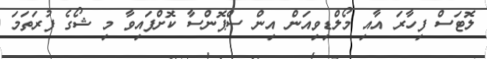
ލޮޓަސް ފިހާރަ އާއި މޯލްޑިވިއަން އިން ސްޕޮންސާ ކޮށްފައިވާ މި ޝޯގެ ފުރަތަމަ